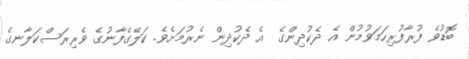
ބޮޑުވެ ފުރާފުރިހަމަވުމުން އެ ދެކުދިންގެ  އެ ދެކުދިން ނެރުމަށެވެ. ކަލޭގެފާނުގެ ވެރިރަސްކަލާނގެ